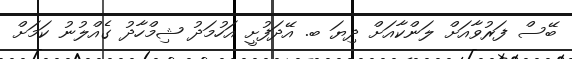
ބޭސް ފަރުވާއަށް ލަންކާއަށް ދިޔަ ބ. އޭދަފުށީ އަހުމަދު ޝިމްހާދު ގެއްލުނު ކަމަށް